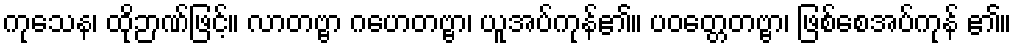
ကုသေန၊ ထိုဉာဏ်ဖြင့်။ လာတဗ္ဗာ ဂဟေတဗ္ဗာ၊ ယူအပ်ကုန်၏။ ပဝတ္တေတဗ္ဗာ၊ ဖြစ်စေအပ်ကုန် ၏။